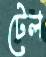
টেল